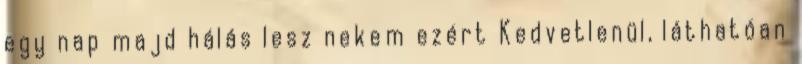
egy nap majd hálás lesz nekem ezért Kedvetlenül, láthatóan